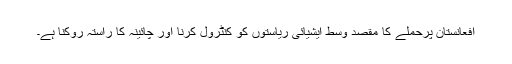
افعانستان پرحملے کا مقصد وسط ایشیائی ریاستوں کو کنٹرول کرنا اور چائینہ کا راستہ روکنا ہے۔